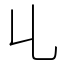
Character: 𠃏